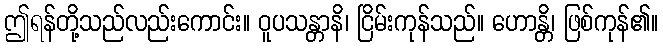
ဤရန်တို့သည်လည်းကောင်း။ ဝူပသန္တာနိ၊ ငြိမ်းကုန်သည်။ ဟောန္တိ၊ ဖြစ်ကုန်၏။